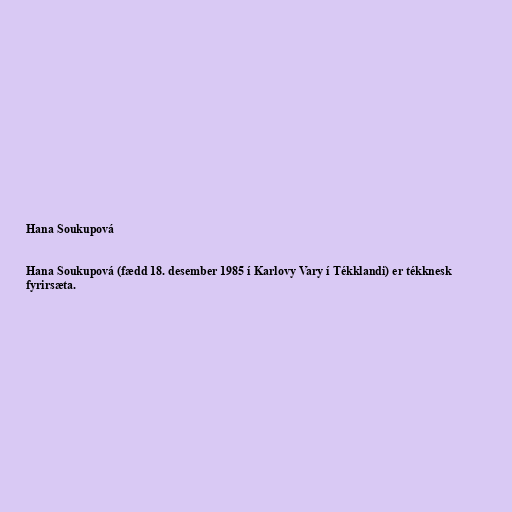
Hana Soukupová

Hana Soukupová (fædd 18. desember 1985 í Karlovy Vary í Tékklandi) er tékknesk
fyrirsæta.